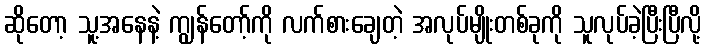
ဆိုတော့ သူ့အနေနဲ့ ကျွန်တော့်ကို လက်စားချေတဲ့ အလုပ်မျိုးတစ်ခုကို သူလုပ်ခဲ့ပြီးပြီလို့